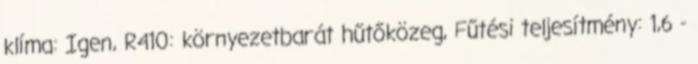
klíma: Igen, R410: környezetbarát hűtőközeg, Fűtési teljesítmény: 1,6 -